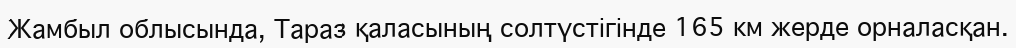
Жамбыл облысында, Тараз қаласының солтүстігінде 165 км жерде орналасқан.